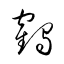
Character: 鶴